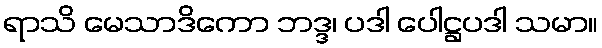
ရာသိ မေသာဒိကော ဘဒ္ဒ၊ ပဒါ ပေါဋ္ဌပဒါ သမာ။